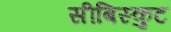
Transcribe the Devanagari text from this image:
सीबिस्कुट